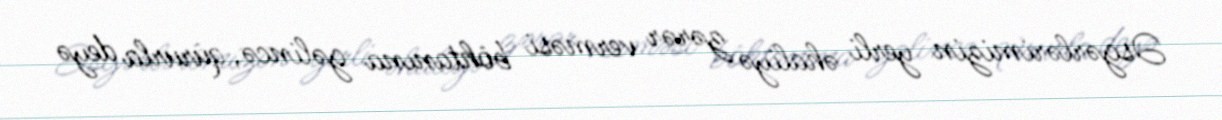
Əsgərlərimizin yerli əhaliyə zərər verməsi böhtanına gəlincə, qürurla deyə